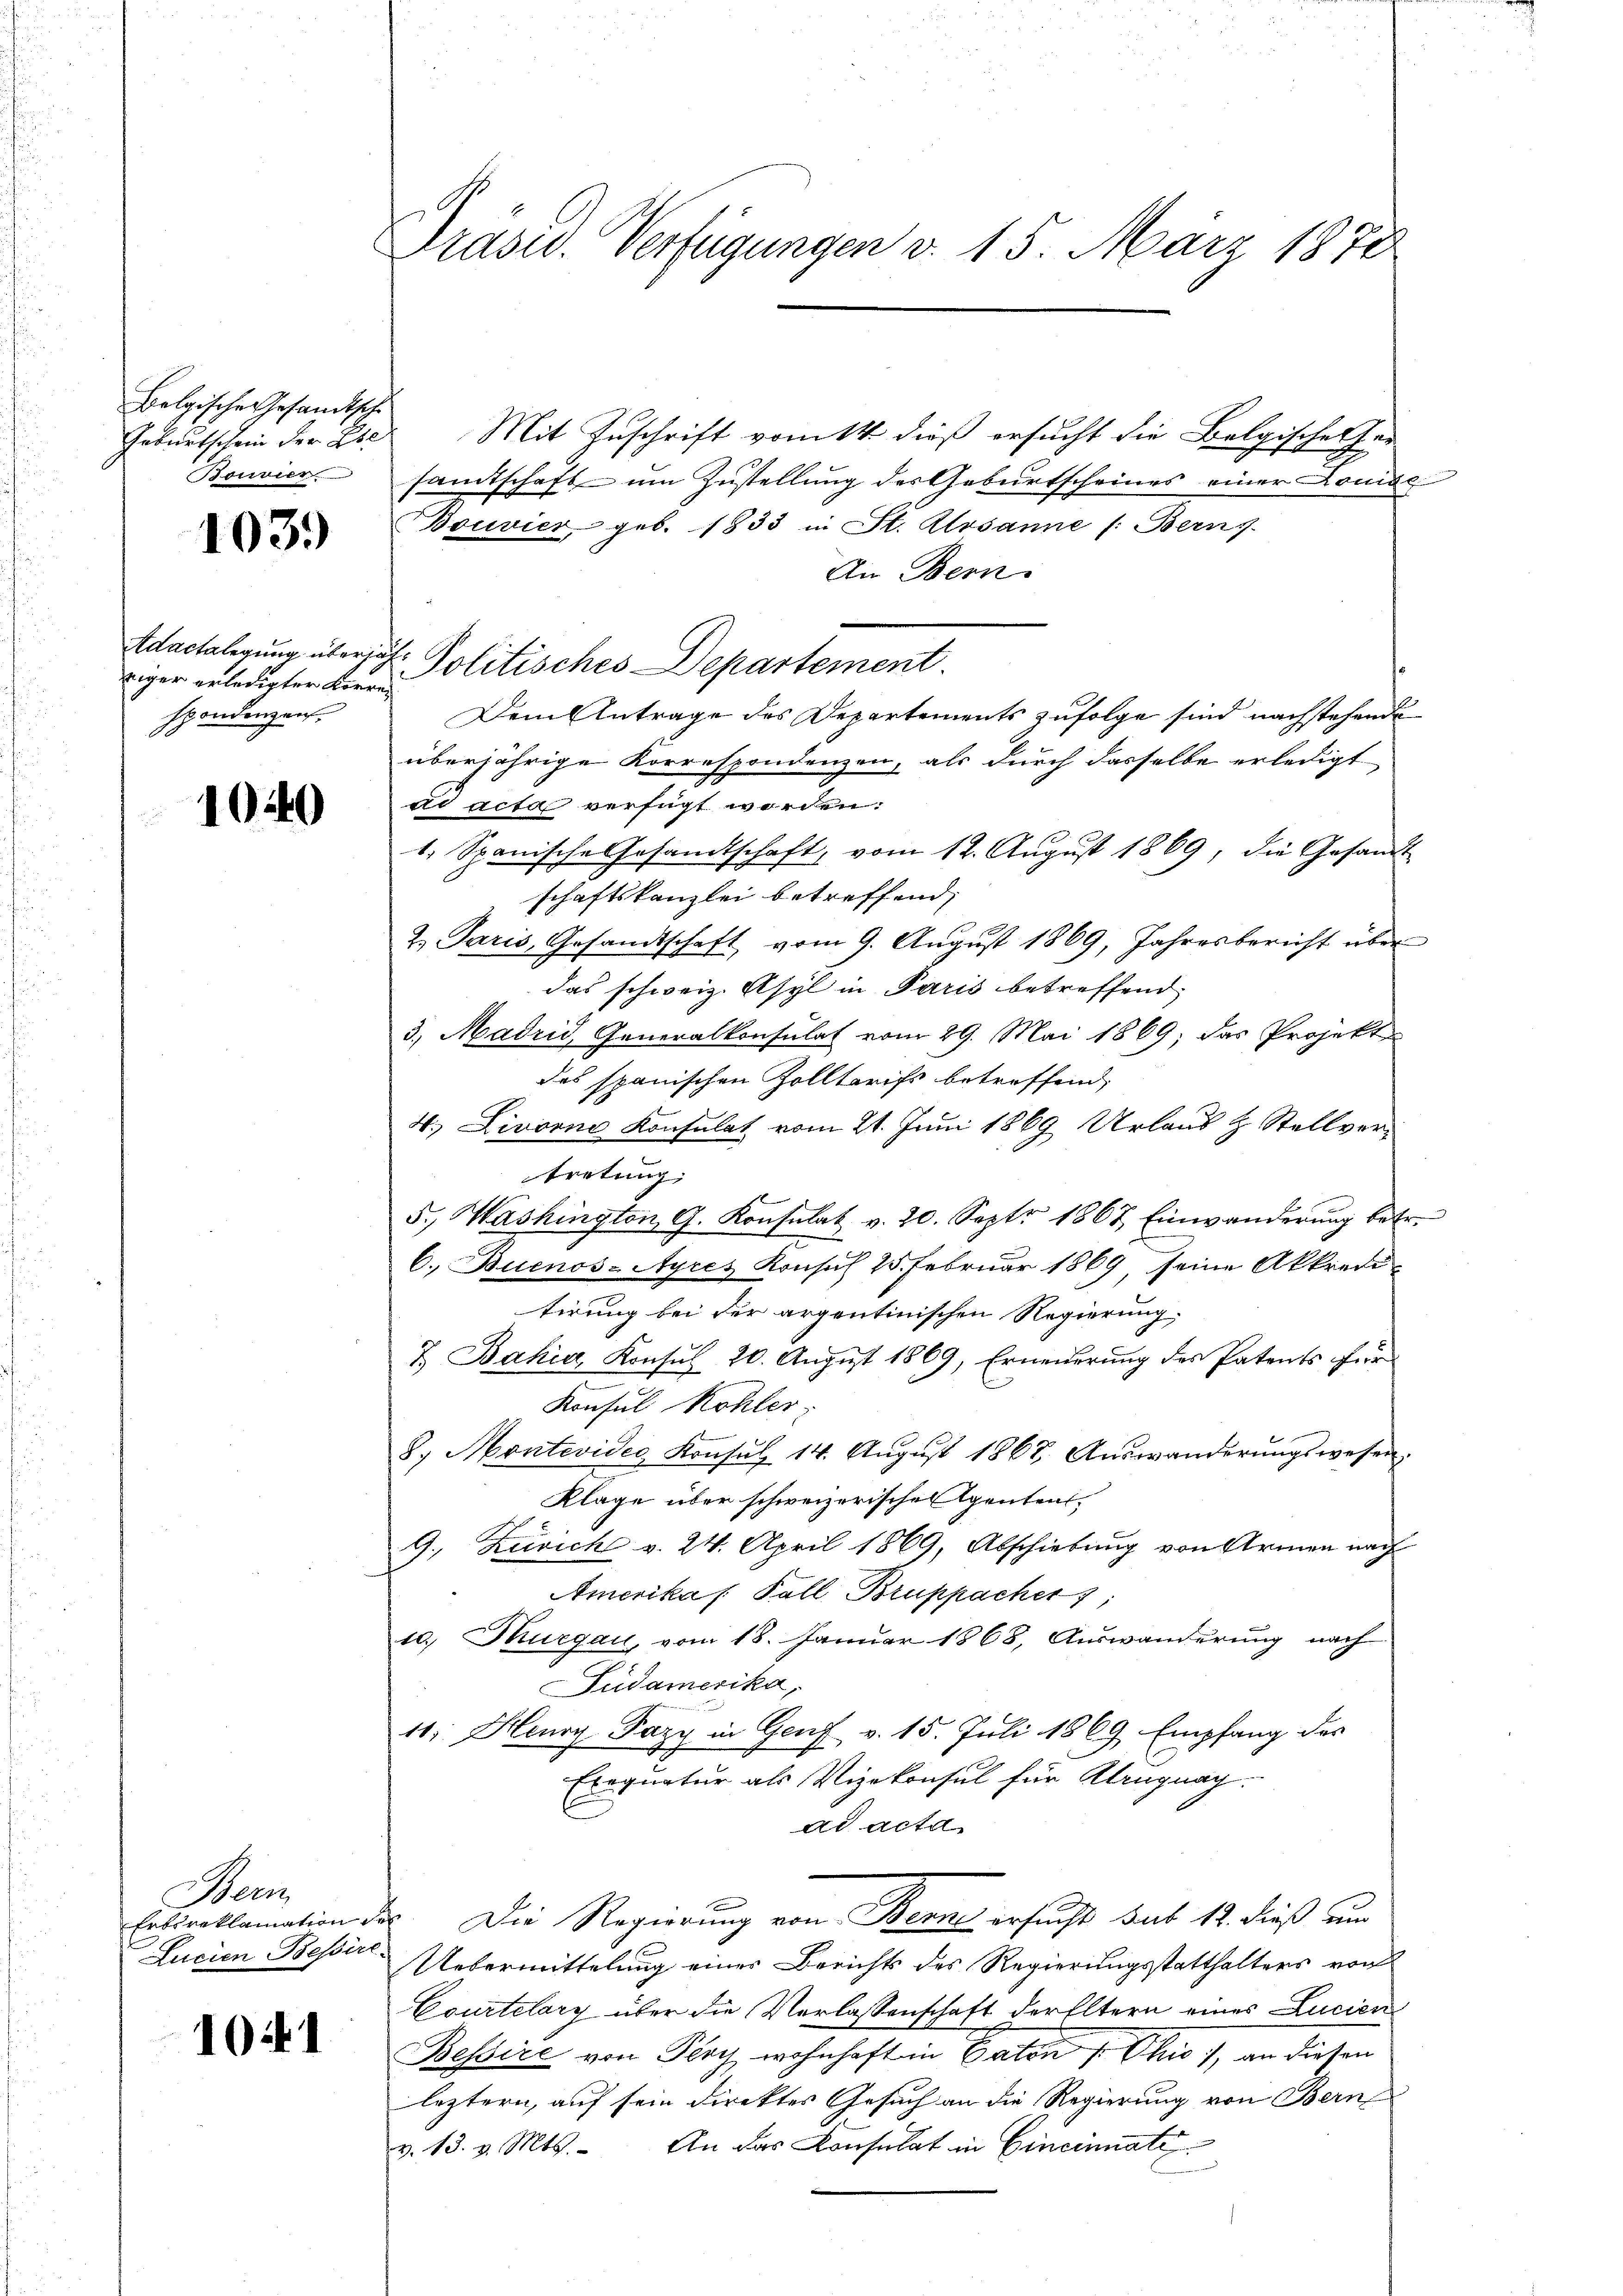
Bolgische Gesandtsche
Geburtschein der Ebe
Bonvier

103.

Adactelegung über ja
riger erledigter Korre
spondenzen.

1040

Hen
Erbsreklamation de
Lucien Tessire

1041

Präses Verfügungen v. 15. März 1870

Mit Zuschrift vom 14. dieß ersucht die Belgische her-
samtschaft um Zustellung des Geburtscheines einer Könige
Bouvier geb. 1833 in St. Ursanne (: Berns
An Bern.
f
Politisches Departement
Dem Antrage des Departements zufolge sind nachstehende
überjährige Korrespondenzen, als durch dasselbe erledigt
ad acta verfügt worden.
1. Spanische Gesandtschaft, vom 12. August 1869, die Gesandt
schaftskanzlei betreffend,
2. Paris, Gesandtschaft, vom 9. August 1869, Jahresbericht über
das schweiz. Asyl in Paris betreffend,
3., Madrid, Generalkonsulat vom 29. Mai 1869; das Projekt
des spanischen Zolltarifs betreffend,
4. Livorne Konsulat vom 21. Juni 1869 Urlaus & Stellvertretung,
5., Washington, G. Konsulat v. 20. Sept 1867 Einwanderŭng betr.
6. Buenos-Ayres Konsus 25. Februar 1869, seine Akkredi-
tirung bei der argentinischen Regierung,
7 Bahia, Konsul 20. August 1869, Erneuerung des Patents für
Konsul Kohler,
8. Montevider Konsŭl 14. Aŭgŭst 1868. Aŭswanderŭngswesen.
Klage über schweizerischen Agentens
9. Zürich v. 24. April 1869, Abschiebung von Armen nach
Amerikas Fall Bruppacher
10, Thurgau, vom 18. Januar 1868, Auswanderung nach
Pudamerika,
10. Henry Pazy in Genf v. 15. Juli 1869 Empfang des
Exequatur als Vizekonsul für Kruguay.
ad acta
. Die Regierung von Berne ersucht sub 12. dieß um
Uebermittelung einer Berichts des Regierungsstatthalters von
Courtelary über die Verlassenschaft der Eltern eines Lucien
Bessire von Koch, wohnhaft in Paten 1 Ohio /, an diesen
leztern, auf sein Direktes Gesuch an die Regierung von Bern,
v. 13. v. Mts. An das Konsulat in Cincinati